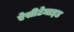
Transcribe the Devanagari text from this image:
ऐसीटेमाइड